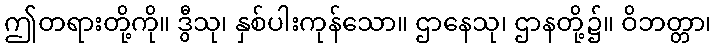
ဤတရားတို့ကို။ ဒွီသု၊ နှစ်ပါးကုန်သော။ ဌာနေသု၊ ဌာနတို့၌။ ဝိဘတ္တာ၊